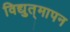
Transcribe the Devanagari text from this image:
विद्युत्‌मापन